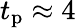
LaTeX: t_{\mathrm{p}}\approx 4